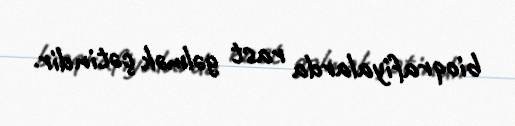
bioqrafiyalarda rast gəlmək çətindir.